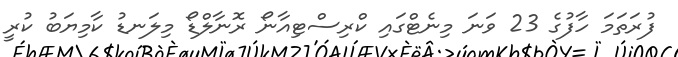
ފުރަތަމަ ހާފުގެ 23 ވަނަ މިނެޓްގައި ކްރިސްޓިއާނޯ ރޮނާލްޑޯ މިލަނޑު ކާމިޔަބު ކުރީ